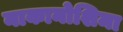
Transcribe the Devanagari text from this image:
नाकानोशिमा